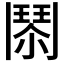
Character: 𩰐